King Institute of Preventive Medicine Bacteriolog. Section reports 1907-08
Year: 1907
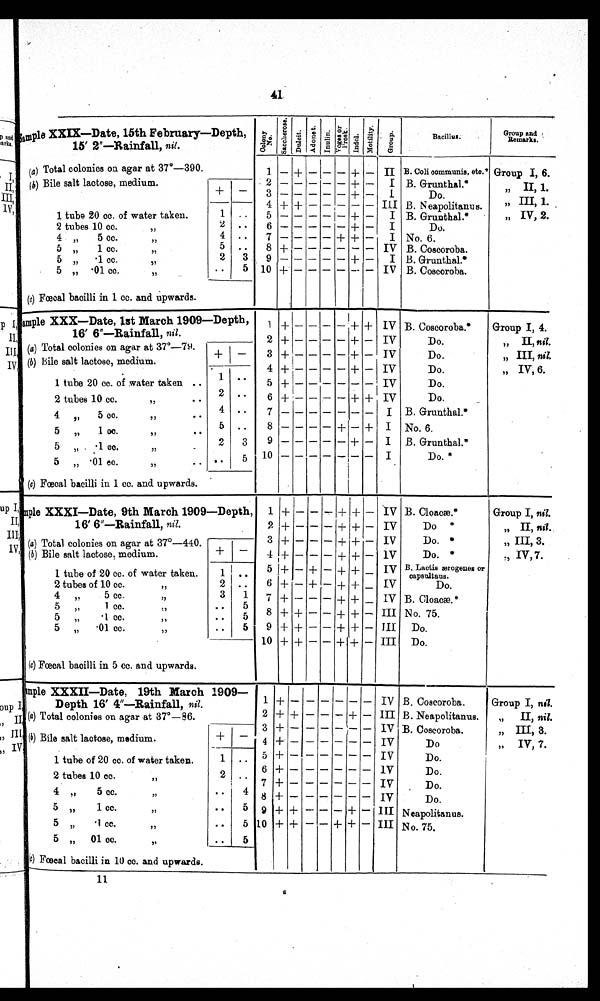
41
Sample XXIX—Date, 15th February—Depth,
15' 2"—Rainfall, nil,
C o l o n y
N o .
S a c c h a r o s e
Dul i ci t .
Adonit.
I n u l i n .
Vogesor Prosk.
M o t i l i t y .
G r o u p .
Bacillus.
Group and
R e m a r k s .
(a) Total colonies on agar at 37°-390.
1 — + — — — + — II B. Coll oommunis, etc.' Group I, 6,
(b) Bile salt lactose, medium
+
—
2
3
+ --
+—
I
I
B, Grunthal.*
Do.
„ II, 1.
4 + +
III B, Neapolitanus.
III, 1
.
1 tuba 20 cc. of water taken,
1
. •
5 — — — — — + —
I B. Grunthal.*
,, IV, 2.
2 tubes 10 cc,
15
• •
6
+ —
I
Do.
4 „
5 cc,
',
5 „
1 cc.
, ,
4
5
. .
..
7
8
—
+
— — — + + —
I
IV
No. 6,
B, Coscoroba.
5 „
1 cc.
, ,
5 „ • 01 cc.
,,
2
• •
3
5 10
9
+ — — —
+ —
—
I
IV
B. Grunthal.*
B. Coscoroba.
(c) Faecal bacilli in 1 cc, and upwards.
Sample XXX—Date, 1st March 1909—Depth,
+ —
— + + IV B. Coscoroba.*
Group I, 4.
16' 6"—Rainfall, nil,
2 + —
— + — IV
Do.
„ II, nil,
(a) Total colonies on agar at 37°-79.
3 + —
— + — IV
Do.
„ III, nil.
(b) Bile salt lactose, medium,
4 + —
— +— IV
Do.
„ IV, 6.
1 tube 20 cc, of water taken ,,
' •
5
+
IV
Do.
2 tubes 10 cc,
,, • •
2 • •
6 + - _ _
+ + IV
Do.
4 „
5 cc.
,,
..
4 • •
7
I B. Grunthal.*
5 „
1 cc.
,,
..
5 ..
8 —
+ — + I No, 6.
5 „
1 cc.
,,
2
3
9
+ — I B, Grunthal.*
10
I
*
5 „ • 01 cc,
,, ,,
..
5
Do.
(e) Faecal bacilli in 1 cc, and upwards,
Sample XXXI—Date, 9th March 1909—Depth, 1 + — — — + + — IV B, Cloacæ
Group I, nil.
16' 6"—Rainfall, nil.
2 + — • — — + + — IV
Do *
„ II, nil.
(a) Total colonies on agar at 37°-440,
—
3 + — — — + + — IV
Do. *
„ III, 3.
(b) Bile salt lactose, medium.
+
1 + — — — + + — 1V
Do, *
,,IV, 7,
1 tube of 20 cc. of water taken.
1 ..
5 + — + — + + _ IV B. Ls zerogeues or
capsultaus.
2 tubes of 10 cc.
,,
4
,,
5 cc.
,,
5 „
1 cc,
,,
5
• I cc,
2
3
••
. .
..
1
5
5
6
8
+ —
+
-
+
+
-
-
—
—
-
+
+
+ _
+ —
+—
IV
IV
III
Do.
B. Cloac. *
No, 75.
5 „
• 01 cc.
,,
5
9 +
- -
+— III
Do.
10 + + — — + + — III Do.
(c) Faecal bacilli in 5 cc. and upwards.
Sample XXXII—Date, 19th March 1909—
Depth 16' 4"—Rainfall, nil.
1 +
IV B. Coscoroba.
I, n
Group , a,
(a) Total colonies on agar at 37°-86.
2 + + —
— + — III B. Neapolitanus.
„
II, nil.
3 +
IV B, Coscoroba.
„ III, 3.
(6) Bile salt lactose, medium,
+
4 +
IV
Do
i ,, IV, '7.
1 tube of 20 cc. of water taken,
1 • - 5 4-
IV
Do.
2 tubes 10 cc,,
4 „
5 cc
• •
. .
6
7
8
+
+
+
IV
IV
IV
Do.
Do,
Do.
5 „
1 cc,
,,
• •
5
9 + + -
— + — III Neapolitanus,
5 ,, .1 cc.
,,
..
5 10 + + — — + + — III No, 75.
5 „ 01 cc.
,,
(c) Faecal bacilli in 10 cc, and upwards,
. .
5
I
11